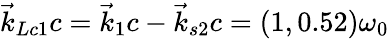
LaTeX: \vec{k}_{Lc1}c=\vec{k}_{1}c-\vec{k}_{s2}c=(1,0.52)\omega_{0}